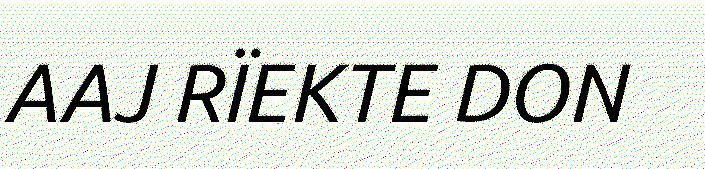
AAJ RÏEKTE DON